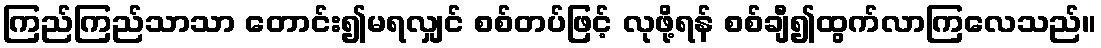
ကြည်ကြည်သာသာ တောင်း၍မရလျှင် စစ်တပ်ဖြင့် လုဖို့ရန် စစ်ချီ၍ထွက်လာကြလေသည်။